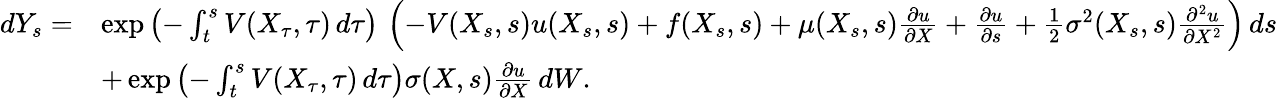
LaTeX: {\begin{array}{rl}{dY_{s}=}&{\exp\left(-\int_{t}^{s}V(X_{\tau},\tau)\, d\tau\right)\, \left(-V(X_{s},s)u(X_{s},s)+f(X_{s},s)+\mu(X_{s},s){\frac{\partial u}{\partial X}}+{\frac{\partial u}{\partial s}}+{\frac{1}{2}}\sigma^{2}(X_{s},s){\frac{\partial^{2}u}{\partial X^{2}}}\right)\, ds}\\ &{+\exp\left(-\int_{t}^{s}V(X_{\tau},\tau)\, d\tau\right)\sigma(X,s){\frac{\partial u}{\partial X}}\, dW.}\end{array}}